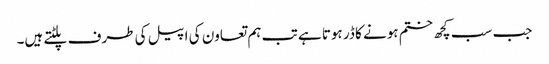
جب سب کچھ ختم ہونے کا ڈر ہوتا ہے تب ہم تعاون کی اپیل کی طرف پلٹتے ہیں۔